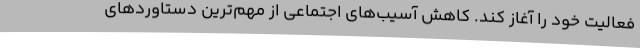
فعالیت خود را آغاز کند. کاهش آسیب‌های اجتماعی از مهم‌ترین دستاوردهای